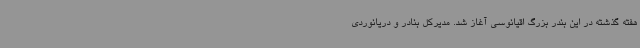
هفته گذشته در این بندر بزرگ اقیانوسی آغاز شد. مدیرکل بنادر و دریانوردی